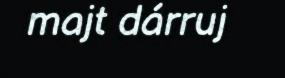
majt dárruj